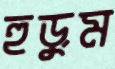
হুড়ুম